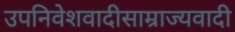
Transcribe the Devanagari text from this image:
उपनिवेशवादीसाम्राज्यवादी